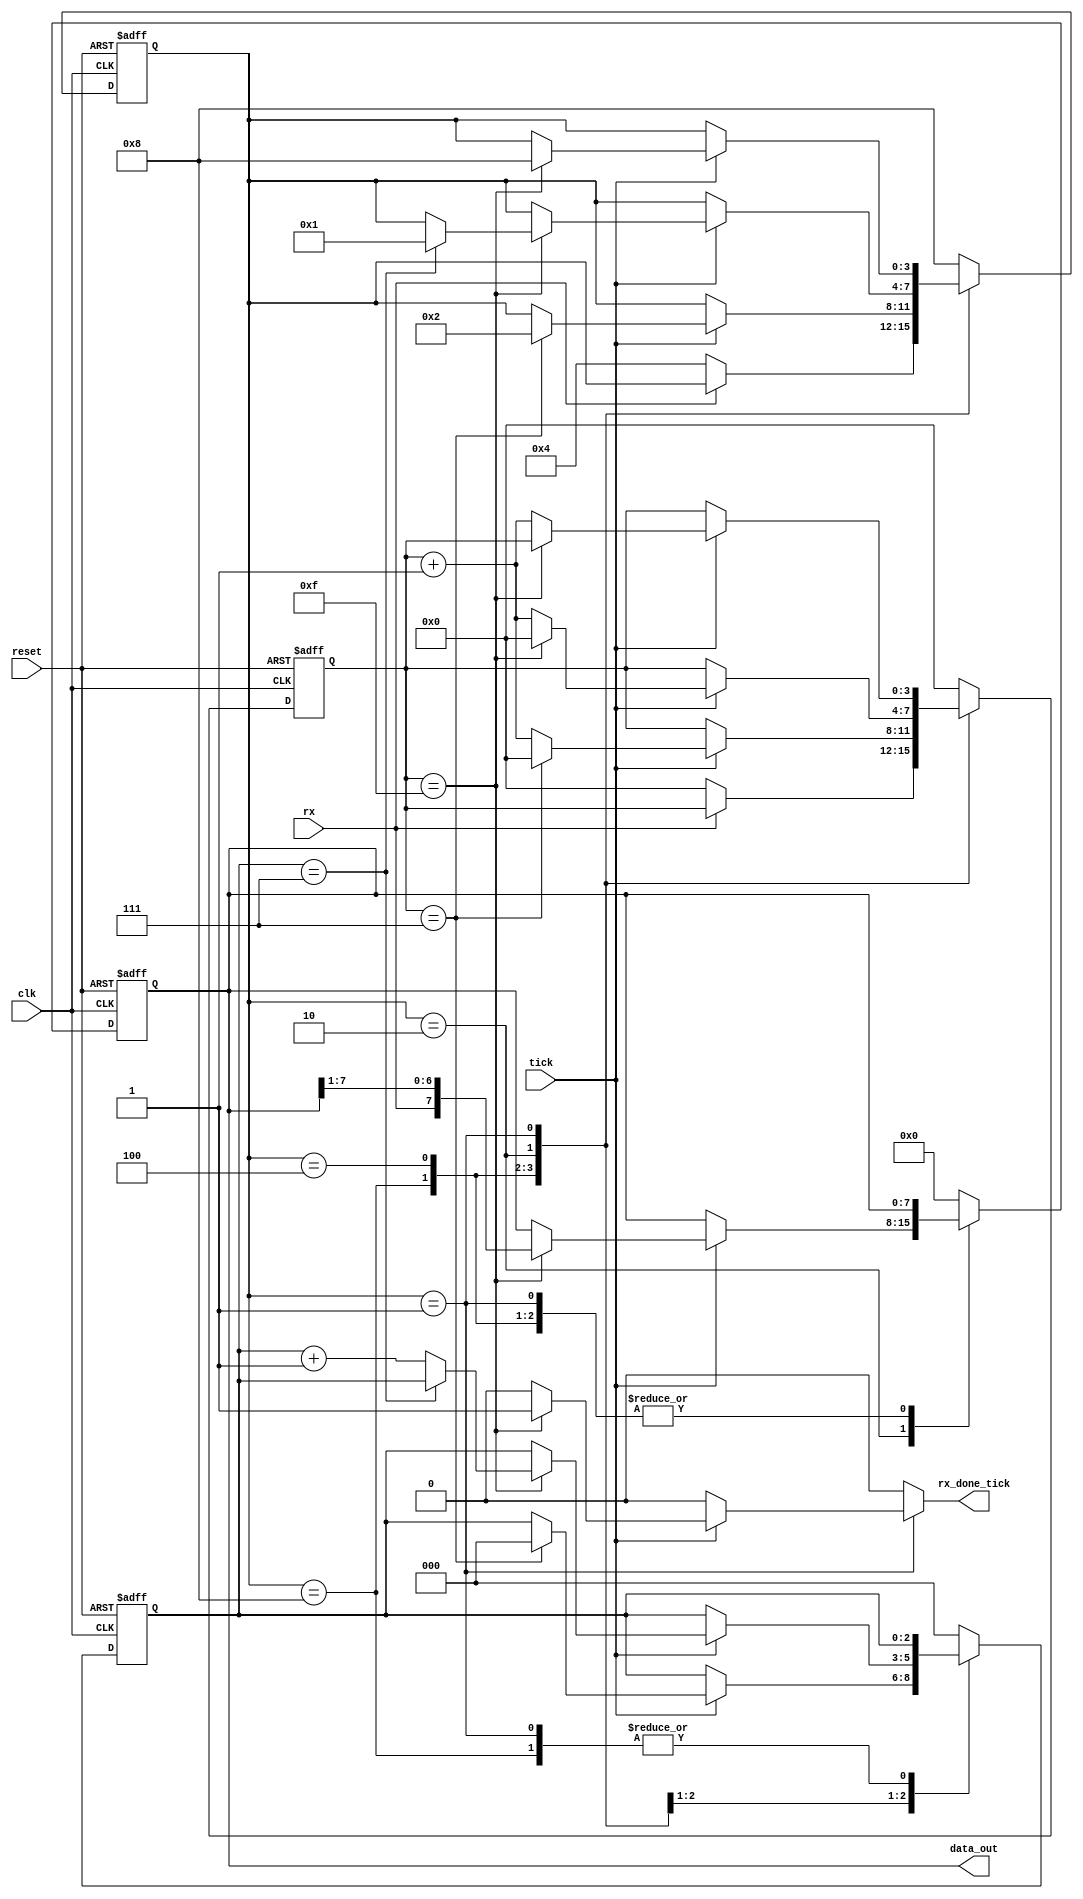
`timescale 1ns / 1ps
//////////////////////////////////////////////////////////////////////////////////
// Company: 
// Engineer: 
// 
// Design Name: 
// Module Name: receiver
// Project Name: 
// Target Devices: 
// Tool Versions: 
// Description: 
// 
// Dependencies: 
// 
// Revision:
// Revision 0.01 - File Created
// Additional Comments:
// 
//////////////////////////////////////////////////////////////////////////////////


module receiver
    ( 
    	//input
		clk,
		reset,
		rx,
		tick,

		//output
		rx_done_tick,
		data_out
	); 

	parameter LEN_DATA = 8;
	parameter LEN_DATA_COUNTER = $clog2(LEN_DATA); 
	parameter NUM_TICKS = 16;
	parameter LEN_NUM_TICKS_COUNTER = $clog2(NUM_TICKS); 

	input clk;
	input reset;
	input rx;
	input tick;
	output reg rx_done_tick;
	output [LEN_DATA-1:0] data_out;
	
	localparam	[3:0] IDLE 	= 4'b 1000;
	localparam	[3:0] START	= 4'b 0100;
	localparam	[3:0] DATA	= 4'b 0010;
	localparam	[3:0] STOP 	= 4'b 0001;

	reg [3:0] state, state_next;
	reg [LEN_NUM_TICKS_COUNTER - 1:0] acc_tick, acc_tick_next;
	reg [LEN_DATA_COUNTER - 1:0] num_bits, num_bits_next;
	reg [LEN_DATA - 1:0] buffer, buffer_next;

	assign data_out = buffer; 

	always @(posedge clk, posedge reset) 
	begin 
		if (reset)
		begin 
			state <= IDLE; 
			acc_tick <= 0; 
			num_bits <= 0; 
			buffer <= 0; 
		end
		else 
		begin 
			state <= state_next; 
			acc_tick <= acc_tick_next; 
			num_bits <= num_bits_next; 
			buffer <= buffer_next; 
		end
	end 

	// lgica prxima estado
	always @(*) 
	begin 
		state_next = state; 
		rx_done_tick = 1'b 0; 
		acc_tick_next = acc_tick;
		num_bits_next = num_bits; 
		buffer_next = buffer; 

		case (state)
			IDLE : 
				if (~rx) 
				begin 
					state_next = START; 
					acc_tick_next = 0; 
				end 
			
			START : 
				if (tick) 
				begin
					if (acc_tick==(NUM_TICKS>>1)-1) 
					begin 
						state_next = DATA; 
						acc_tick_next = 0; 
						num_bits_next = 0; 
					end 
					else 
						acc_tick_next = acc_tick + 1;
                end
			
			DATA : 
				if (tick)
				begin
					if (acc_tick==NUM_TICKS-1)
					begin 
						acc_tick_next = 0; 
						buffer_next = {rx , buffer [LEN_DATA-1 : 1]}; 
						if (num_bits==(LEN_DATA-1)) 
							state_next = STOP; 
						else 
							num_bits_next = num_bits + 1; 
					end 
					else
						acc_tick_next = acc_tick + 1;
			    end

			STOP : 
				if (tick)
				begin
					if (acc_tick==(NUM_TICKS-1)) 
					begin 
						state_next = IDLE; 
						rx_done_tick =1'b 1; 
					end 
					else 
						acc_tick_next = acc_tick + 1;
                end

            default :
            begin
				state_next = IDLE; 
				acc_tick_next = 0; 
				num_bits_next = 0; 
				buffer_next = 0;
			end
        endcase
	end 
endmodule